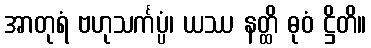
အာတုရံ ဗဟုသင်္ကပ္ပံ၊ ယဿ နတ္ထိ ဓုဝံ ဋ္ဌိတိ။